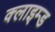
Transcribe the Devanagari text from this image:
क्लाइम्ड